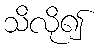
သိလို၍